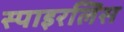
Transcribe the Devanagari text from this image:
स्पाइरलिस